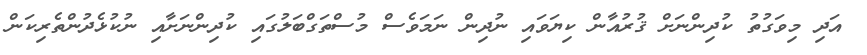
އަދި މިވަގުތު ކުދިންނަށް ޤުރުއާން ކިޔަވައި ނުދިން ނަމަވެސް މުސްތަގްބަލުގައި ކުދިންނަށާއި ނުކުޅެދުންތެރިކަން